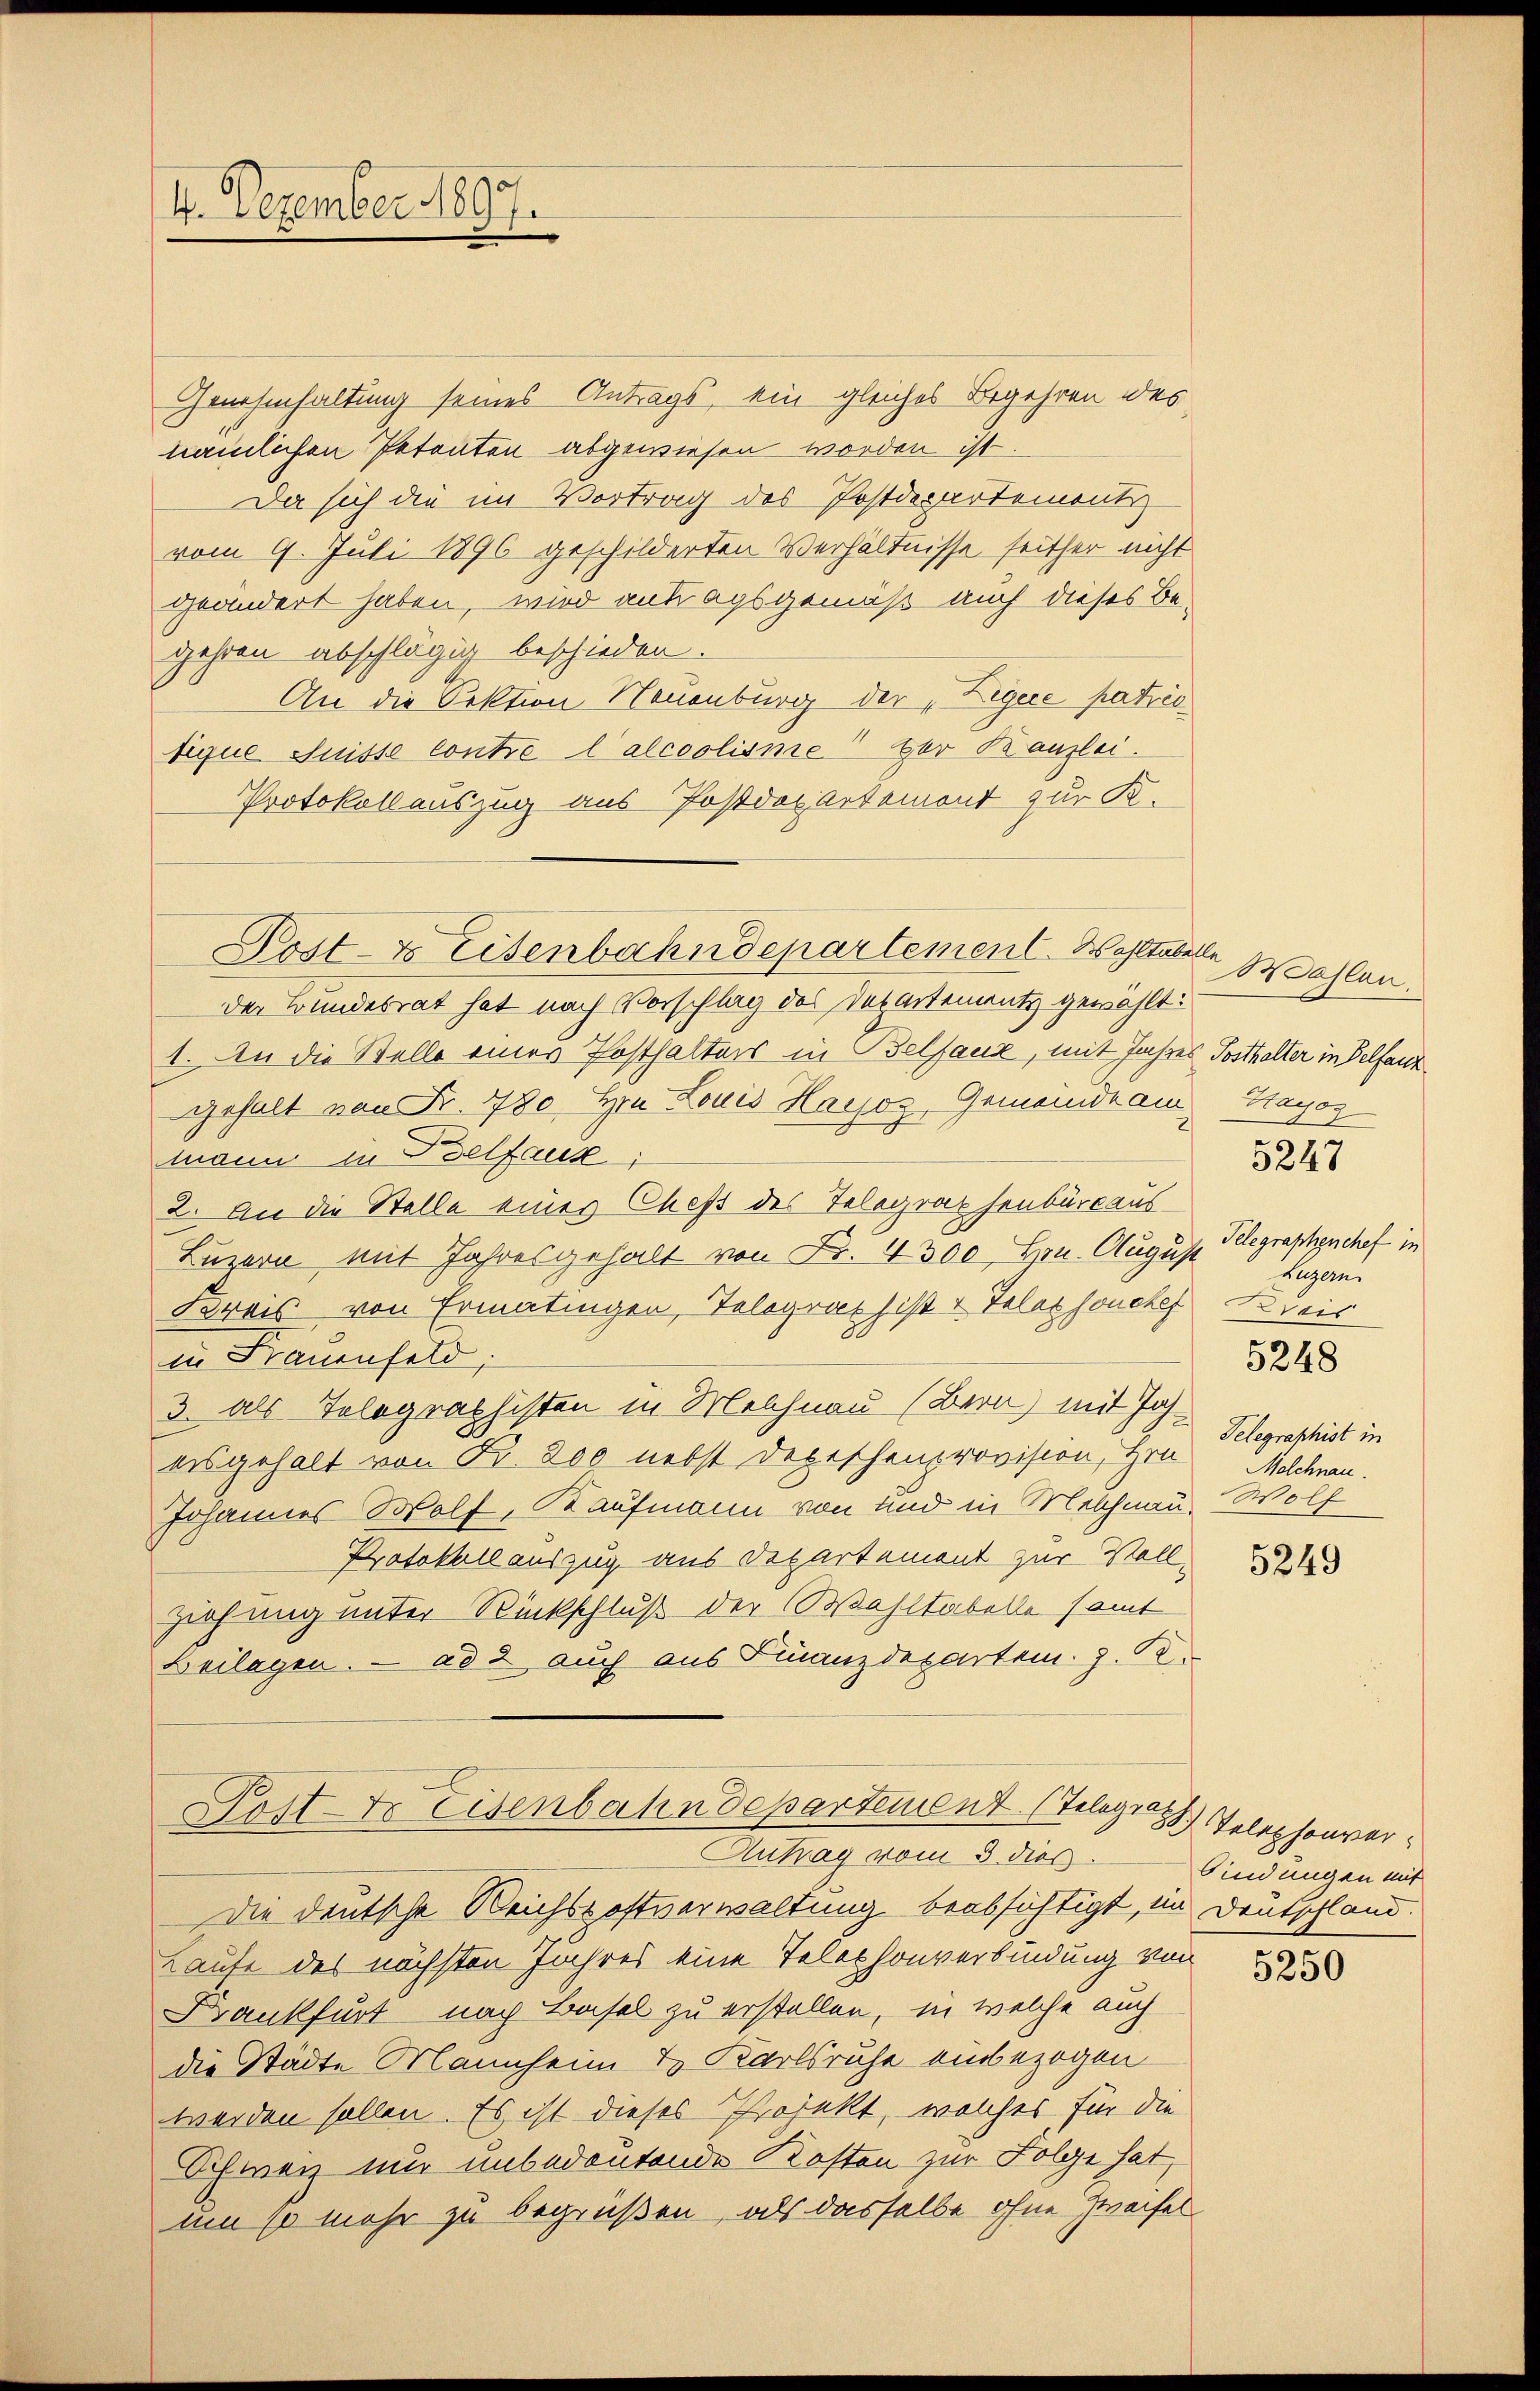
4. Dezember 1897.

Genehmhaltung seines Antrags, ein gleiches Begehren des
nämlichen Petenten abgewiesen worden ist.
Da sich die im Vortrag des Postdepartements
vom 9. Juli 1896 geschilderten Verhältnisse seither nicht
geändert haben, wird antragsgemäß auch dieses Begehren abschlägig beschieden.
An die Sektion Neuenburg der „Zegere patris
tique Suisse Contre l’alcoolisie der Kanzlei.
Protokollauszug aus Postdepartement zur K.
Post- & Eisenbahndepartement. Waltabelle
der Bundesrat hat nach Vorschlag des Departements gewählt:
1. An die Stelle eines Posthalters in Belfauz, mit Jahres Posthalter in Belfant
gehalt von Fr. 780 Hrn. Louis Hassos Gemeinde am Hayoz
mann in Vielfauk
2. An die Stelle eines Chefs des Telegraphenbüreaus
Luzern mit Jahresgehalt von Fr. 4300 Hrn. August Gelegraphenchof in
Kreis von Ermatingen, Telegraphist v. Telephonches Kreis
in Frauenfeld,
3. als Telegraphisten in Melchnau (Bern) mit Joh.
ausgehalt von Nr. 800 nebst Depeschenprovision, Hrn. Melchnau.
Johannes Wolf, Kaufmann von und in Melchnau, Wolf
Protokoll auszug aus Departement zur Voll-
Ziehung unter Rückschluß der Wahltabelle samt
Beilagen. — ad 2. auch aus Finanzdepartem z. B.

Poster Eisenbahndepartement (Telegraz

Autrag vom 3. dies
Die deutsche Reichspostverwaltung beabsichtigt, im Deutschland.
Laufe des nächsten Jahres eine Telephonverbindung von
Krankfurt nach Basel zu erstellen, in welche auch
die Städte Mannheim & Karlsruhe einbezogen
werden sollen. Es ist dieses Projekt, welches für die
Schweiz nur unbedeutende Kosten zur Folge hat,
um so mehr zu begrüßen, als dasselbe ohne Zweifel

Wahlen.
Luzern
5248
Telegraphist in

5247

5249

Telephonver-
bindungen mit

5250